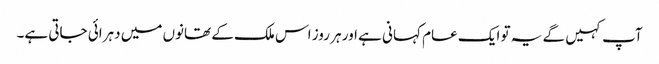
آپ کہیں گے یہ تو ایک عام کہانی ہے اور ہر روز اس ملک کے تھانوں میں دہرائی جاتی ہے۔